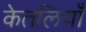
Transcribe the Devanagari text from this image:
केतलियाँ